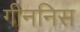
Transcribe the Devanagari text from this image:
गीननिस